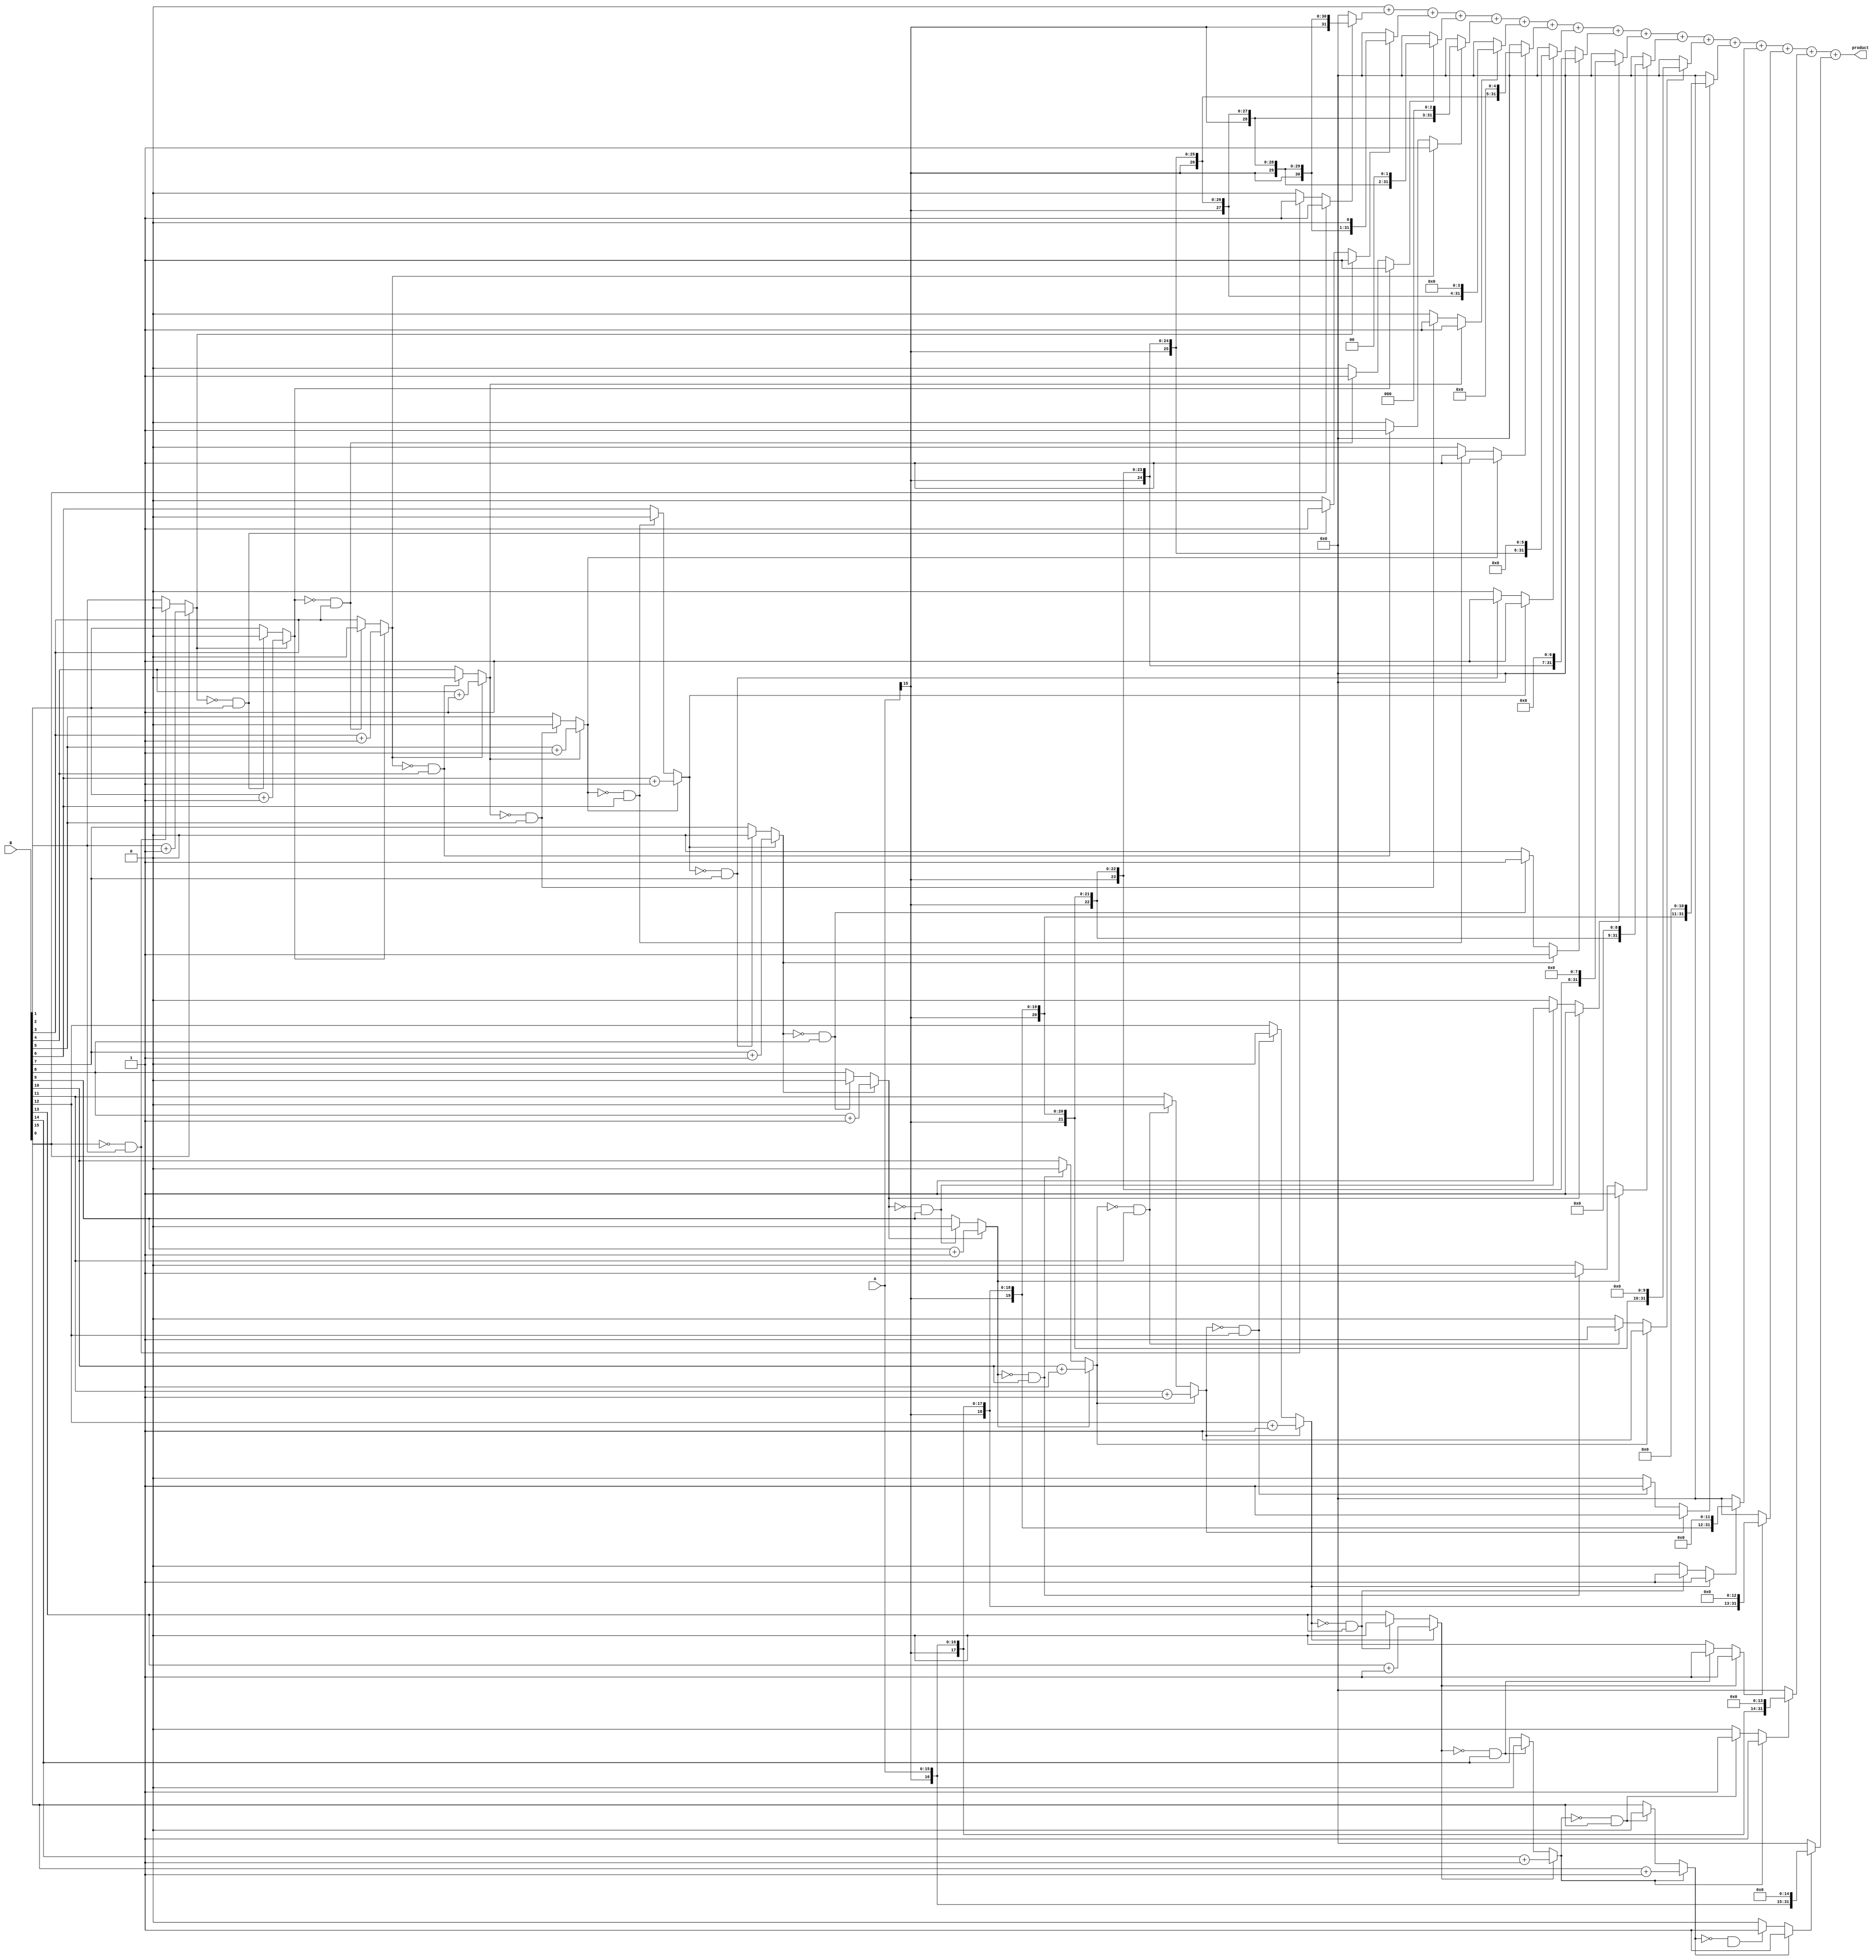
module csd_multiplier (
    input signed [15:0] A, // Input A
    input signed [15:0] B, // Input B
    output reg signed [31:0] product // Output product
);

    // CSD representation
    reg signed [15:0] csd_A;
    reg signed [15:0] csd_B;

    // CSD conversion function
    function signed [15:0] to_csd;
        input signed [15:0] value;
        integer i;
        reg [15:0] binary;
        begin
            binary = value;
            to_csd = 0;
            for (i = 0; i < 16; i = i + 1) begin
                if (binary[i] == 1) begin
                    to_csd[i] = 1;
                    if (i < 15) binary[i + 1] = binary[i + 1] + 1; // Carry
                end else if (binary[i] == 0 && binary[i + 1] == 1) begin
                    to_csd[i] = -1;
                    binary[i + 1] = 0; // Clear the next bit
                end else begin
                    to_csd[i] = 0;
                end
            end
        end
    endfunction

    // Partial product generation
    reg signed [31:0] partial_products [0:15];
    integer j;

    always @(*) begin
        // Convert A and B to CSD
        csd_A = to_csd(A);
        csd_B = to_csd(B);
        
        // Initialize partial products
        for (j = 0; j < 16; j = j + 1) begin
            partial_products[j] = 0;
        end

        // Generate partial products based on CSD representation
        for (j = 0; j < 16; j = j + 1) begin
            case (csd_B[j])
                1: partial_products[j] = A << j; // A shifted left by j
                -1: partial_products[j] = -A << j; // -A shifted left by j
                default: partial_products[j] = 0; // Do nothing for 0
            endcase
        end

        // Accumulate the partial products
        product = 0;
        for (j = 0; j < 16; j = j + 1) begin
            product = product + partial_products[j];
        end
    end
endmodule